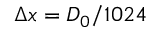
\Delta x = D _ { 0 } / 1 0 2 4